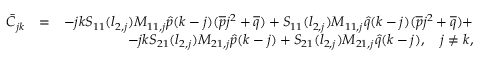
\begin{array} { r l r } { \bar { C } _ { j k } } & { = } & { - j k S _ { 1 1 } ( l _ { 2 , j } ) M _ { 1 1 , j } \hat { p } ( k - j ) ( \overline { { p } } j ^ { 2 } + \overline { { q } } ) + S _ { 1 1 } ( l _ { 2 , j } ) M _ { 1 1 , j } \hat { q } ( k - j ) ( \overline { { p } } j ^ { 2 } + \overline { { q } } ) + } \\ & { } & { - j k S _ { 2 1 } ( l _ { 2 , j } ) M _ { 2 1 , j } \hat { p } ( k - j ) + S _ { 2 1 } ( l _ { 2 , j } ) M _ { 2 1 , j } \hat { q } ( k - j ) , \quad j \neq k , } \end{array}